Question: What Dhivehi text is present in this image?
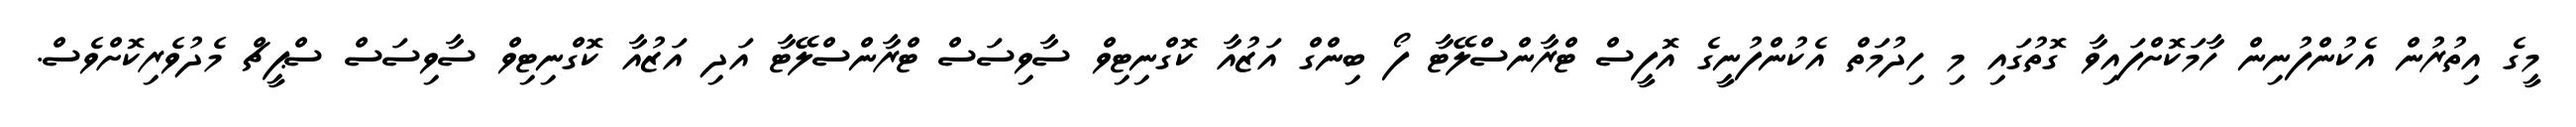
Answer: މީގެ އިތުރުން އެކުންފުނިން ހާމަކޮށްފައިވާ ގޮތުގައި މި ހިދުމަތް އެކުންފުނީގެ އޮފީސް ޓްރާންސްލޭޓާ ފޯ ބިންގް އަޒުއާ ކޮގްނިޓިވް ސާވިސަސް ޓްރާންސްލޭޓާ އަދި އަޒުއާ ކޮގްނިޓިވް ސާވިސަސް ސްޕީޗް މެދުވެރިކޮށްވެސް.